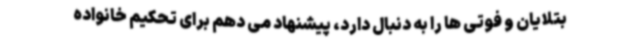
بتلایان و فوتی ها را به دنبال دارد، پیشنهاد می دهم برای تحکیم خانواده